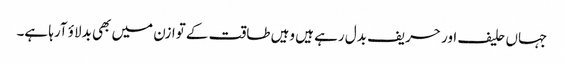
جہاں حلیف اور حریف بدل رہے ہیں وہیں طاقت کے توازن میں بھی بدلاؤ آرہا ہے۔